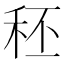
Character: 秠